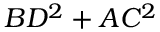
B D ^ { 2 } + A C ^ { 2 }